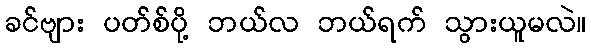
ခင်ဗျား ပတ်စ်ပို့ ဘယ်လ ဘယ်ရက် သွားယူမလဲ။